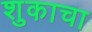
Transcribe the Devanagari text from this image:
शुकाचा